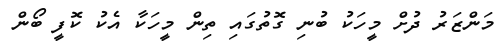
މަންޒަރު ދުށް މީހަކު ބުނި ގޮތުގައި ތިން މީހަކާ އެކު ކޮފީ ބޯން